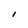
Character: I